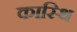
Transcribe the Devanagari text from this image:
कास्थि